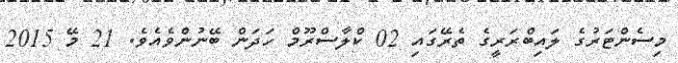
މިސެންޓަރުގެ ލައިބްރަރީގެ ތެރޭގައި 02 ކްލާސްރޫމް ހަދަން ބޭނުންވެއެވެ. 21 މޭ 2015